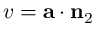
v = \mathbf { a } \cdot \mathbf { n } _ { 2 }